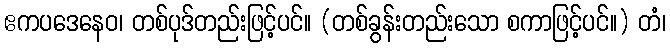
ဧကပဒေနေဝ၊ တစ်ပုဒ်တည်းဖြင့်ပင်။ (တစ်ခွန်းတည်းသော စကာဖြင့်ပင်။) တံ၊